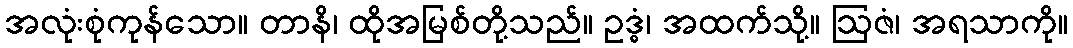
အလုံးစုံကုန်သော။ တာနိ၊ ထိုအမြစ်တို့သည်။ ဥဒ္ဓံ၊ အထက်သို့။ ဩဇံ၊ အရသာကို။